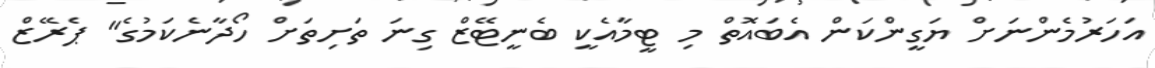
އަހަރުމެންނަށް ޔަގީންކަން އެބައޮތް މި ޓީމާއެކީ ބެނީޓޭޒް ގިނަ ތަށިތަށް ހޯދާނެކަމުގެ" ޕެރޭޒް